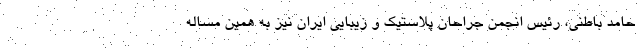
حامد باطنی، رئیس انجمن جراحان پلاستیک و زیبایی ایران نیز به همین مساله